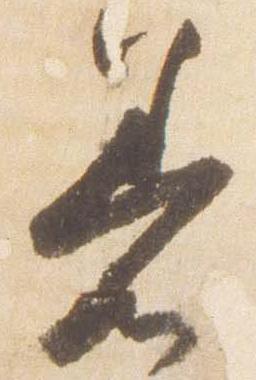
着